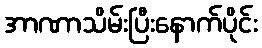
အာဏာသိမ်းပြီးနောက်ပိုင်း